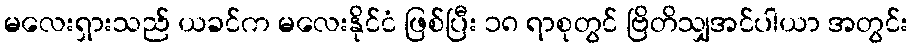
မလေးရှားသည် ယခင်က မလေးနိုင်ငံ ဖြစ်ပြီး ၁၈ ရာစုတွင် ဗြိတိသျှအင်ပါယာ အတွင်း